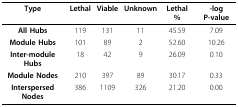
| Type | Lethal | Viable | Unknown | Lethal % | -log P-value |
 | --- | --- | --- | --- | --- | --- |
 | All Hubs | 119 | 131 | 11 | 45.59 | 7.09 |
 | Module Hubs | 101 | 89 | 2 | 52.60 | 10.26 |
 | Inter-module Hubs | 18 | 42 | 9 | 26.09 | 0.10 |
 | Module Nodes | 210 | 397 | 89 | 30.17 | 0.33 |
 | Interspersed Nodes | 386 | 1109 | 326 | 21.20 | 0.00 |